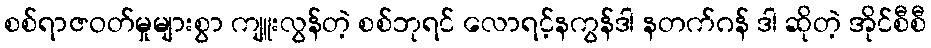
စစ်ရာဇဝတ်မှုများစွာ ကျူးလွန်တဲ့ စစ်ဘုရင် လောရင့်နကွန်ဒါ နတက်ဂန် ဒါ ဆိုတဲ့ အိုင်စီစီ